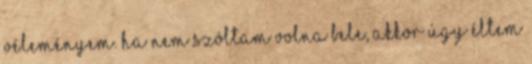
véleményem. Ha nem szóltam volna bele, akkor úgy éltem